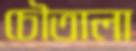
চৌতালা